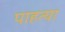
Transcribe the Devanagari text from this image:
पाहत्या